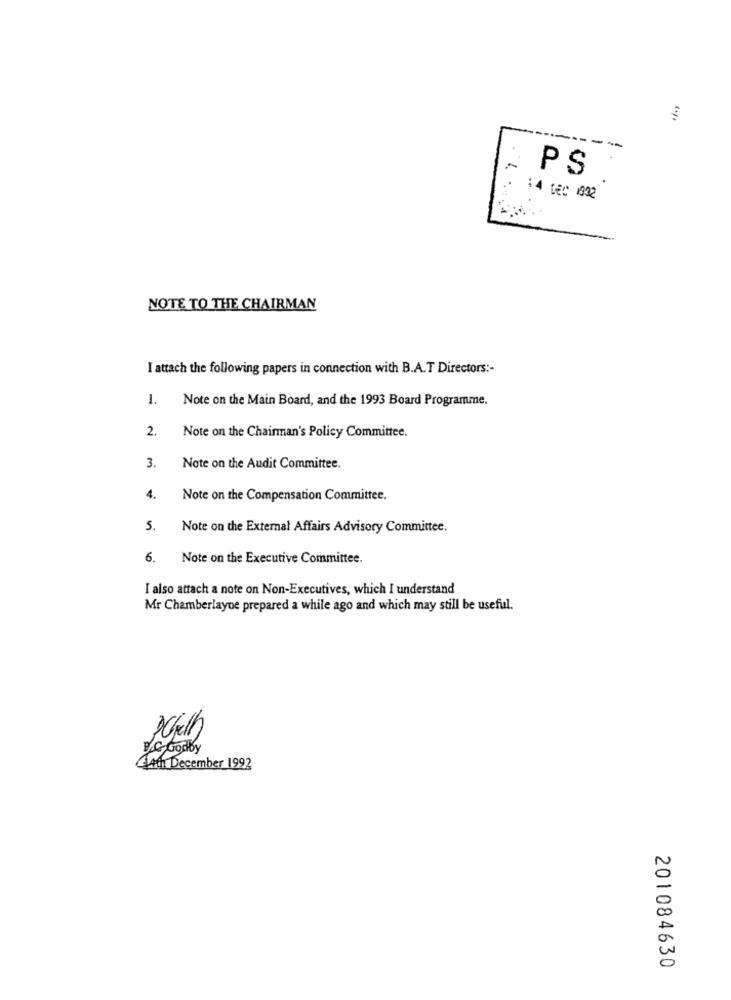
-------
PS
:4 Dec 1032
NOTE TO THE CHAIRMAN
I attach the following papers in connection with B.A.T Directors :-
1.
Note on the Main Board, and the 1993 Board Programme.
2.
Note on the Chairman's Policy Committee.
3.
Note on the Audit Committee.
4.
Note on the Compensation Committee.
5.
Note on the External Affairs Advisory Committee.
6. Note on the Executive Committee.
I also attach a note on Non-Executives, which I understand
Mr Chamberlayne prepared a while ago and which may still be useful.
PCfelh
B.C. Godby
December 1992
201084630